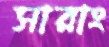
সারাং